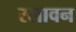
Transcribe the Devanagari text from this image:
स्लावन